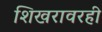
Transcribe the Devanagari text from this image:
शिखरावरही